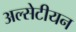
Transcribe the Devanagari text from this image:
अल्सेटीयन